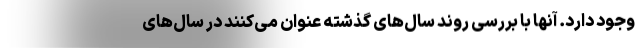
وجود دارد. آنها با بررسی روند سال‌های گذشته عنوان می‌کنند در سال‌های